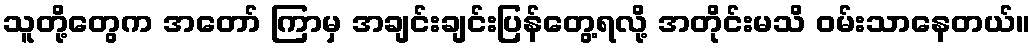
သူတို့တွေက အတော် ကြာမှ အချင်းချင်းပြန်တွေ့ရလို့ အတိုင်းမသိ ဝမ်းသာနေတယ်။